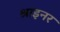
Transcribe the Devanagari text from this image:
श्राइनर